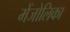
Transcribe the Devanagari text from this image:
मेंजोलिका